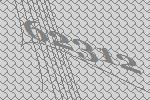
62312